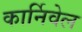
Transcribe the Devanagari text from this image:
कार्निवेल